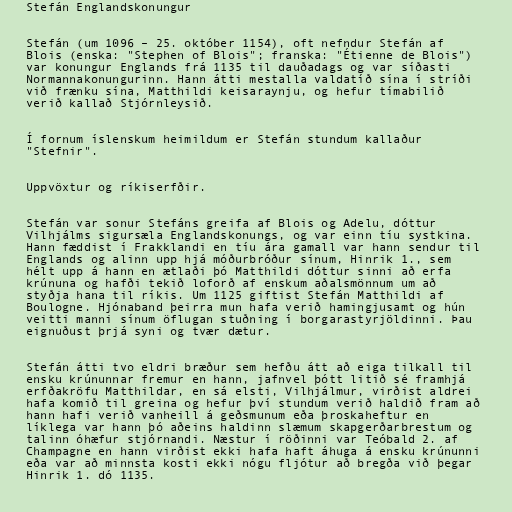
Stefán Englandskonungur

Stefán (um 1096 – 25. október 1154), oft nefndur Stefán af
Blois (enska: "Stephen of Blois"; franska: "Étienne de Blois")
var konungur Englands frá 1135 til dauðadags og var síðasti
Normannakonungurinn. Hann átti mestalla valdatíð sína í stríði
við frænku sína, Matthildi keisaraynju, og hefur tímabilið
verið kallað Stjórnleysið.

Í fornum íslenskum heimildum er Stefán stundum kallaður
"Stefnir".

Uppvöxtur og ríkiserfðir.

Stefán var sonur Stefáns greifa af Blois og Adelu, dóttur
Vilhjálms sigursæla Englandskonungs, og var einn tíu systkina.
Hann fæddist í Frakklandi en tíu ára gamall var hann sendur til
Englands og alinn upp hjá móðurbróður sínum, Hinrik 1., sem
hélt upp á hann en ætlaði þó Matthildi dóttur sinni að erfa
krúnuna og hafði tekið loforð af enskum aðalsmönnum um að
styðja hana til ríkis. Um 1125 giftist Stefán Matthildi af
Boulogne. Hjónaband þeirra mun hafa verið hamingjusamt og hún
veitti manni sínum öflugan stuðning í borgarastyrjöldinni. Þau
eignuðust þrjá syni og tvær dætur.

Stefán átti tvo eldri bræður sem hefðu átt að eiga tilkall til
ensku krúnunnar fremur en hann, jafnvel þótt litið sé framhjá
erfðakröfu Matthildar, en sá elsti, Vilhjálmur, virðist aldrei
hafa komið til greina og hefur því stundum verið haldið fram að
hann hafi verið vanheill á geðsmunum eða þroskaheftur en
líklega var hann þó aðeins haldinn slæmum skapgerðarbrestum og
talinn óhæfur stjórnandi. Næstur í röðinni var Teóbald 2. af
Champagne en hann virðist ekki hafa haft áhuga á ensku krúnunni
eða var að minnsta kosti ekki nógu fljótur að bregða við þegar
Hinrik 1. dó 1135.